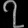
Digit: ၇